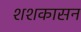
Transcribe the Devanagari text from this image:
शशकासन